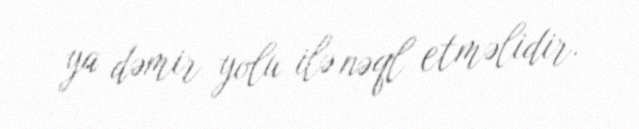
ya dəmir yolu ilə nəql etməlidir.